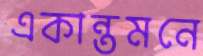
একান্তমনে